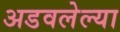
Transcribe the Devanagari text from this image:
अडवलेल्या